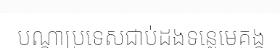
បណ្តាប្រទេសជាប់ដងទន្លេមេគង្គ